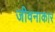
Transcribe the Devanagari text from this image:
जीवनाकार